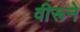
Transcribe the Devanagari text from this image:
वीरूने